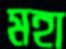
মহা